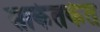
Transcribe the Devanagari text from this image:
साकेतकेत